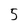
Character: 5